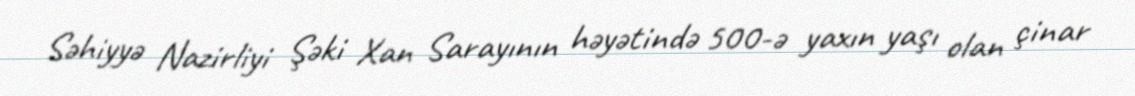
Səhiyyə Nazirliyi Şəki Xan Sarayının həyətində 500-ə yaxın yaşı olan çinar